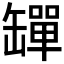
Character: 𦉕